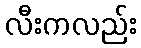
လီးကလည်း